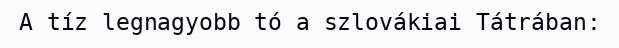
A tíz legnagyobb tó a szlovákiai Tátrában: